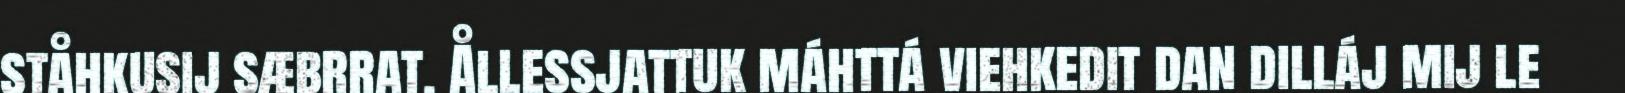
ståhkusij sæbrrat. Ållessjattuk máhttá viehkedit dan dilláj mij le